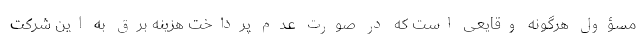
مسؤول هرگونه وقایعی است که در صورت عدم پرداخت هزینه برق به این شرکت